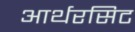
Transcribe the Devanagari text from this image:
आर्थरसिट